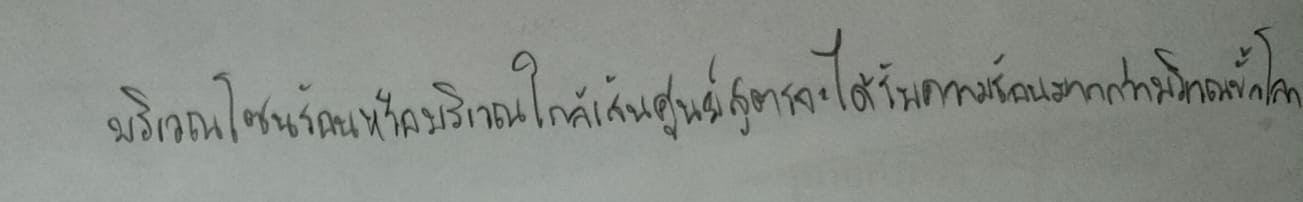
บริเวณโซนร้อนหรือบริเวณใกล้เส้นศูนย์สูตรจะได้รับความร้อนมากกว่าบริเวณขั้วโลก